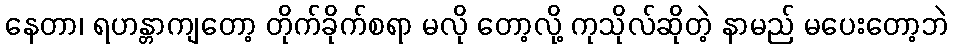
နေတာ၊ ရဟန္တာကျတော့ တိုက်ခိုက်စရာ မလို တော့လို့ ကုသိုလ်ဆိုတဲ့ နာမည် မပေးတော့ဘဲ